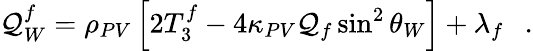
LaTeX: \mathcal{Q}_{W}^{f}=\rho_{PV}\left[2T_{3}^{f}-4\kappa_{PV}\mathcal{Q}_{f}\sin^{2}\theta_{W}\right]+\lambda_{f}\ \ \ .